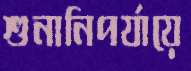
শুনানিপর্যায়ে